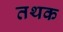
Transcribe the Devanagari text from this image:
तथक